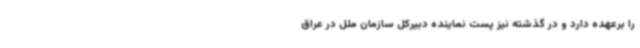
را برعهده دارد و در گذشته نیز پست نماینده دبیرکل سازمان ملل در عراق